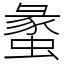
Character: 䗍